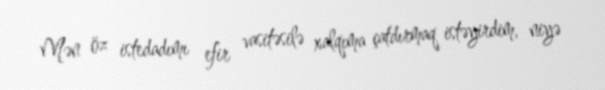
Mən öz istedadımı efir vasitəsilə xalqıma çatdırmaq istəyirdim, niyə